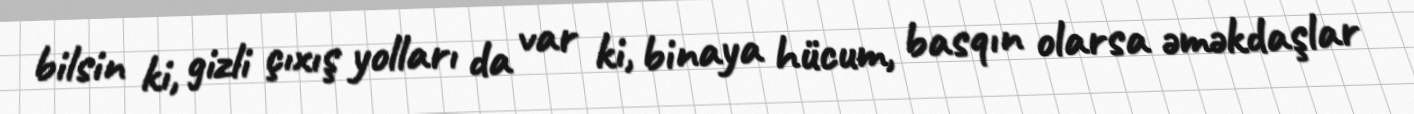
bilsin ki, gizli çıxış yolları da var ki, binaya hücum, basqın olarsa əməkdaşlar